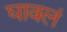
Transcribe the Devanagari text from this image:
घावलं